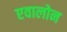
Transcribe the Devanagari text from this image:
एवालोन